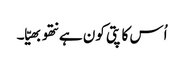
اُس کا پتی کون ہے نتھو بھیّا۔